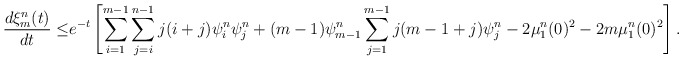
\begin{align*}\frac{d\xi^{n}_m(t)}{dt}\leq& e^{-t}\left[\sum_{i=1}^{m-1}\sum_{j=i}^{n-1} j(i+j)\psi^{n}_i \psi^{n}_j+(m-1) \psi^{n}_{m-1}\sum_{j=1}^{m-1}j(m-1+j) \psi^{n}_j-2\mu^{n}_1(0)^2-2m\mu^{n}_1(0)^2\right].\end{align*}